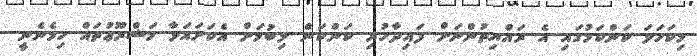
މިކަހަލަ ކަންކަމުގައި އެ ރައްޔިތުންނަށް ފައިދާހުރި ކަންކަން ލިބުމަށް އެކަށައަޅާ މަޝްރޫޢުތައް ހިމެނެނީ